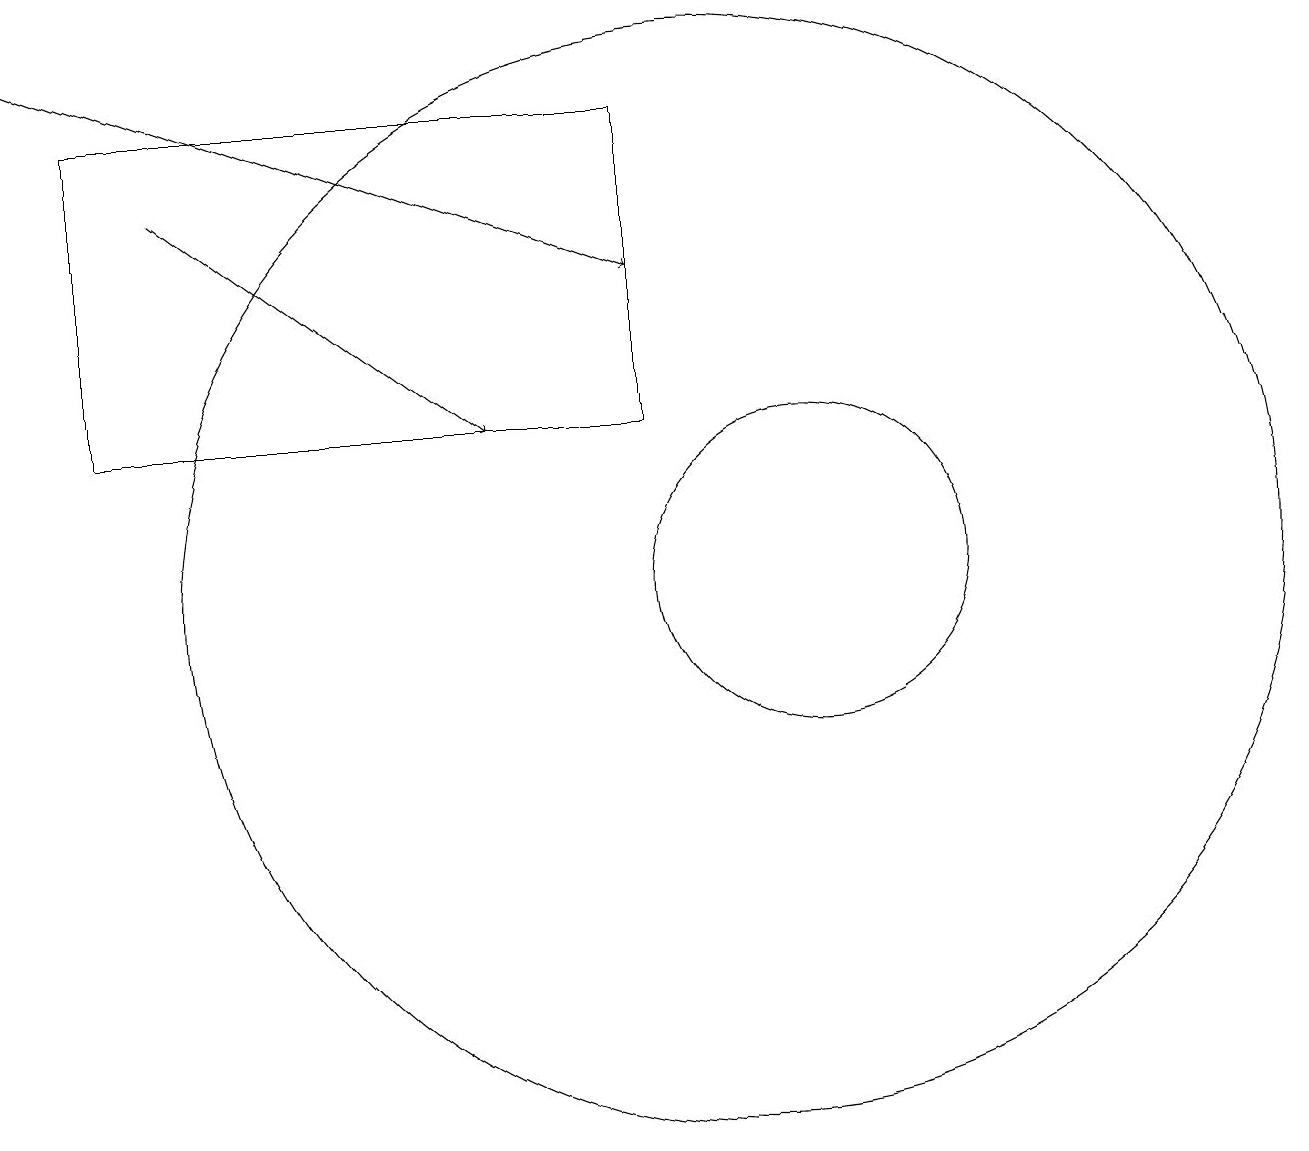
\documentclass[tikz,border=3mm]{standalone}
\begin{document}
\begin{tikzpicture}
\draw[->] (3,17) -- (7,14);
\draw (12,11) circle (0);
\draw (11,12) circle (2);
\draw (2,18) rectangle (9,14);
\draw[->] (1,19) -- (9,16);
\draw (10,12) circle (7);
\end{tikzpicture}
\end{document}